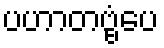
ပဟာတဗ္ဗံပေ